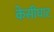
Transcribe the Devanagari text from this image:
केसीघाट